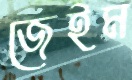
জেইম